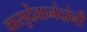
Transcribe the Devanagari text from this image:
वासुदेवानंदांनी